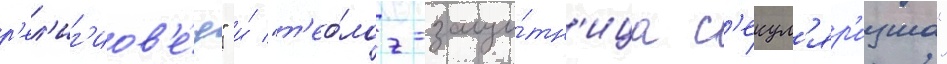
р'ел'иг'иов'е́д" и́ "т'ео́лог-защи́тн'ица с'екул'яр'изма"